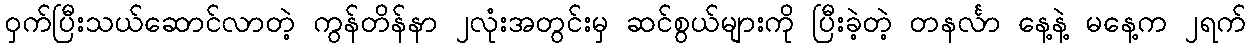
ဝှက်ပြီးသယ်ဆောင်လာတဲ့ ကွန်တိန်နာ ၂လုံးအတွင်းမှ ဆင်စွယ်များကို ပြီးခဲ့တဲ့ တနင်္လာ နေ့နဲ့ မနေ့က ၂ရက်